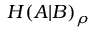
H ( A | B ) _ { \rho }